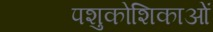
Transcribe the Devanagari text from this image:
पशुकोशिकाओं